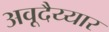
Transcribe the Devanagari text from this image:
अवूदैय्यार